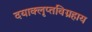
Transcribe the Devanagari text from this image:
दयाक्लृप्तविग्रहाय